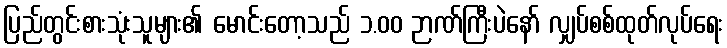
ပြည်တွင်းစားသုံးသူများ၏ မောင်းတော့သည် ၁.၀၀ ဉာဏ်ကြီးပဲနော် လျှပ်စစ်ထုတ်လုပ်ရေး